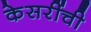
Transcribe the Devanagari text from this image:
केसरींची